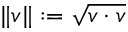
\| v \| : = { \sqrt { v \cdot v } }